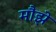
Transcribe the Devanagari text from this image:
मौझे